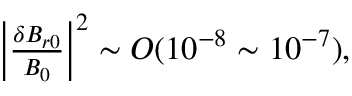
\begin{array} { r } { \left\lvert \frac { \delta B _ { r 0 } } { B _ { 0 } } \right\rvert ^ { 2 } \sim O ( 1 0 ^ { - 8 } \sim 1 0 ^ { - 7 } ) , } \end{array}